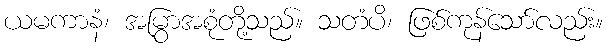
ယမကာနံ၊ အမြွာအစုံတို့သည်။ သတံပိ၊ ဖြစ်ကုန်သော်လည်း။